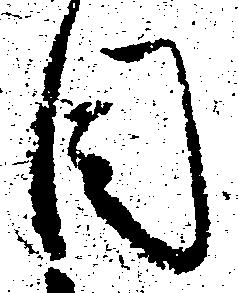
目